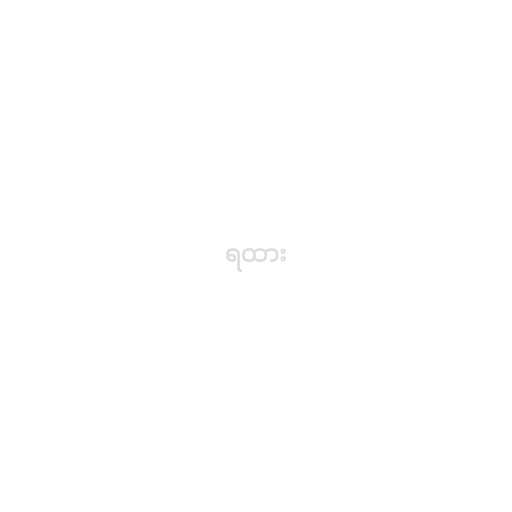
ရထား